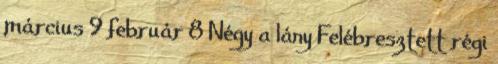
március 9 február 8 Négy a lány Felébresztett régi